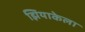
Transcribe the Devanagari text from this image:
झियाकेला